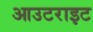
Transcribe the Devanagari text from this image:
आउटराइट